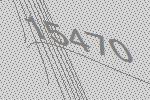
15470